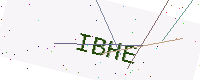
Text: IBHE